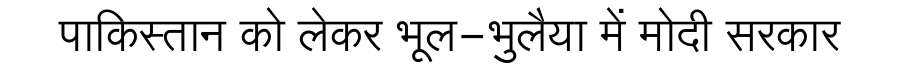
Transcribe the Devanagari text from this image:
पाकिस्तान को लेकर भूल-भुलैया में मोदी सरकार